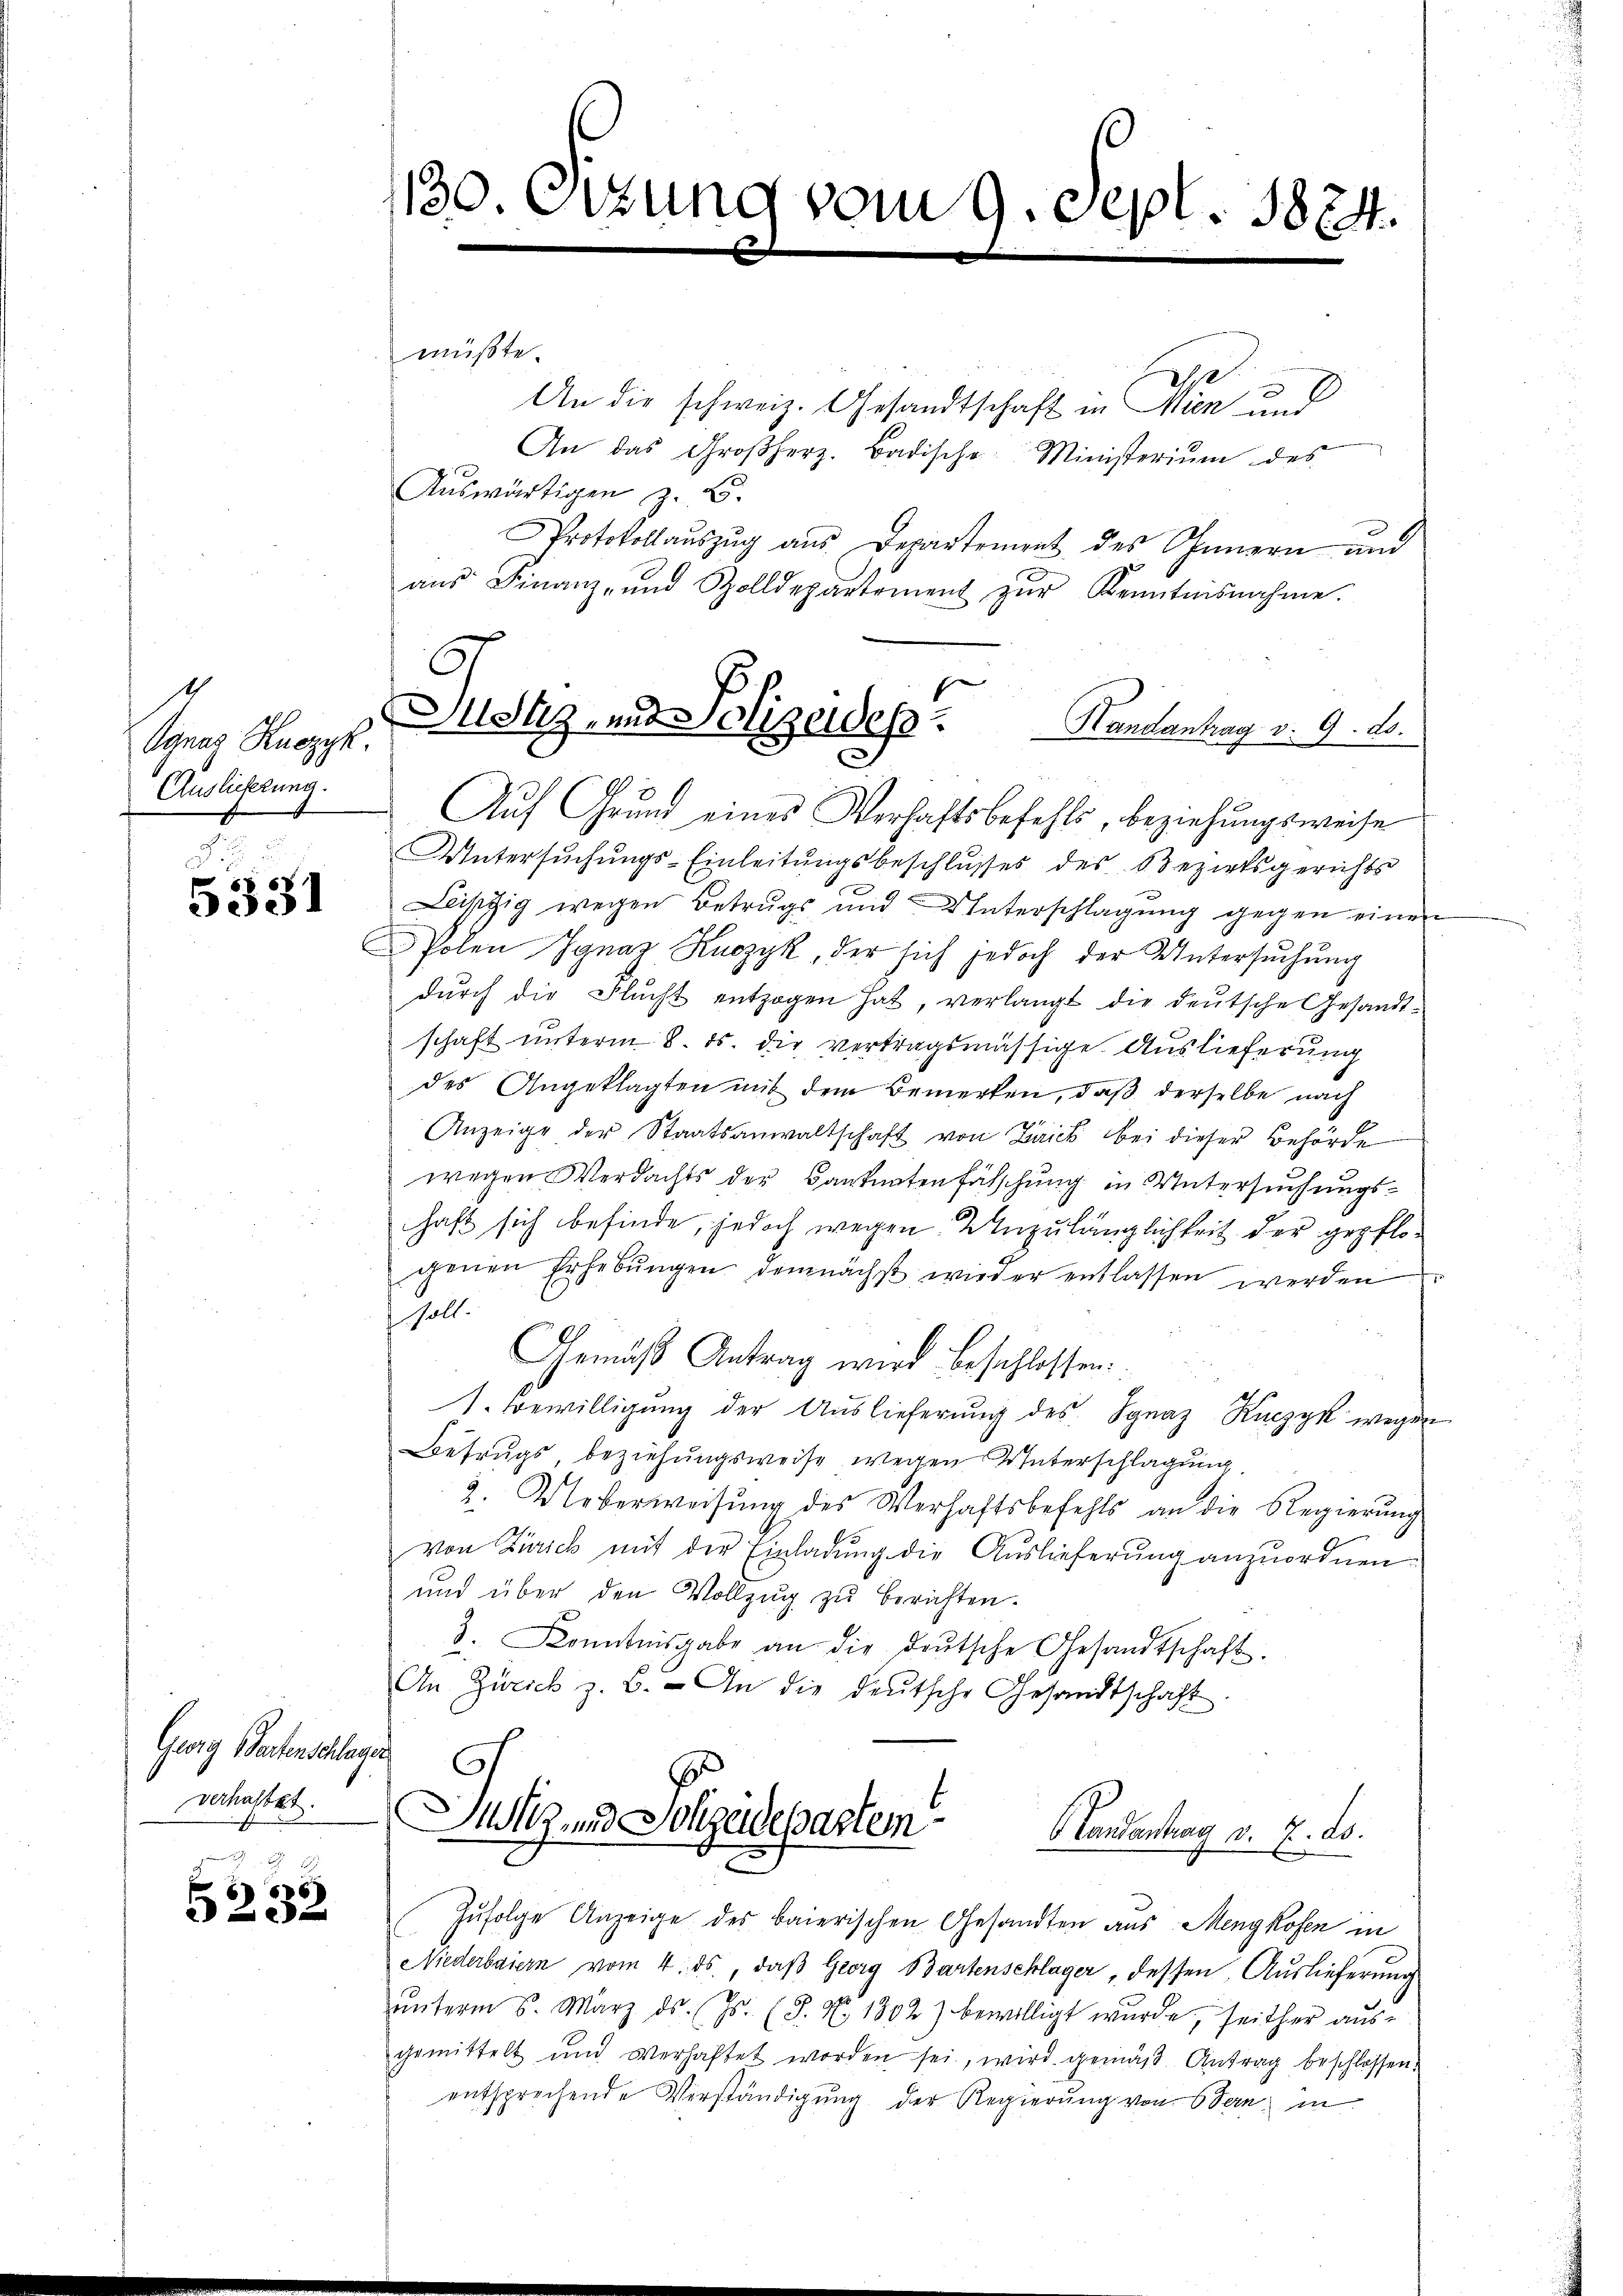
1
Ganag Kuczyk,
Auslieferung.

Di
5331

Georg Gartenschlage
verhastet.

2
5232

130. Sitzung vom 9. Sept. 1874.

müßte.
i
.
An das Großherz. Badische Ministerium des
Auswärtigen z. B.
Protokollaŭszŭg aŭs Departement des Innern und
aŭs Finanz- und Zolldepartement zŭr Kenntnisnahme.
Auf Grund eines Verhaftsbefehls, beziehungsweise
Untersŭchŭngs-Einleitŭngsbeschlŭsses des Bezirksgerichts
Leipzig wegen Betrugs und Interschlagung gegen einen
Polen Ignaz Knozyk, der sich jedoch der Untersuchung
dŭrch die Flŭcht entzogen hat, verlangt die deŭtsche Gesandt-
schaft unterm 8. ds die vertragsmässige Auslieferung
des Angeklagten mit dem Bemerken, daß derselbe nach
x
Anzeige der Staatsanwaltschaft von Laick bei dieser Behörde
wegen Verdachts der Banknotenfälschung in Untersuchungshaft sich befinde, jedoch wegen Unzulänglichkeit der gepflogenen Erhebŭngen demnächst wieder entlassen werden
soll.
Gemäß Antrag wird beschlossen.
1. Bewilligung der Auslieferung des Ignaz Ruczyk wegen
Betrugs, beziehungsweise wegen Unterschlagung
2. Ueberweisung des Verhaftsbefehls an die Regierŭng
von Zürich mit der Einladung die Auslieferung anzuordnen.
und über den Vollzug zu berichten.
3. Kenntnisgabe an die deŭtsche Gesandtschaft.
An Zürich z. B. An die deŭtsche Gesandtschaft.
22

An die schweiz. Gesandtschaft in Thien und

Justiz- und Polizeidess. Handantrag v. 9. 20.

Justiz und Sohzadepartem
 Landantrag v. 7. ds.

Zufolge Anzeige des baierischen Gesandten aus Mengkofen in
Niederbaiern vom 4. ds., daβ Georg Bartenschlager, dessen, Auslieferung
ŭnterm 6. März ds. (Js. (T. X. 1802) bewilligt wurde, seither aus-
gemittelt und verhaftet worden sei, wird gemäß Antrag beschlossen.
entsprechende Verständigung der Regierung von 6 Seen, in